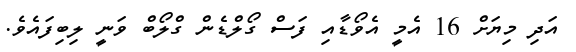
އަދި މިޔަށް 16 އެމީ އެވޯޑާއި ފަސް ގޯލްޑެން ގްލޯބް ވަނީ ލިބިފައެވެ.